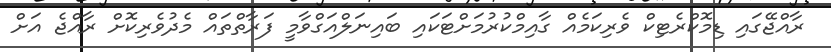
ރާއްޖޭގައި ޑިމޮކްރެޓިކް ވެރިކަމެއް ގާއިމްކުރުމަށްޓަކައި ބައިނަލްއަގްވާމީ ފަރާތްތައް މެދުވެރިކޮށް ރާއްޖެ އަށް